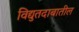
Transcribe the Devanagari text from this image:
विद्युतदाबातील